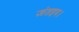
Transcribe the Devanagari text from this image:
ज्ञंतइप।